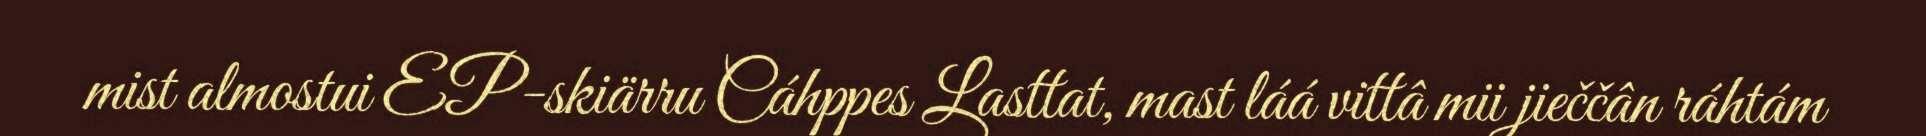
mist almostui EP-skiärru Cáhppes Lasttat, mast láá vittâ mii jieččân ráhtám